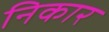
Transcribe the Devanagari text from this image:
निकार